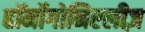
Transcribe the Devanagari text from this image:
हॉर्मोगोनिएलीज़